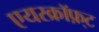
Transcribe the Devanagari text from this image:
एयरक्रॉफ़्ट